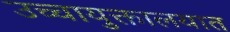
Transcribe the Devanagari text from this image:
उच्चायुक्तालयात